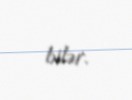
bilər.